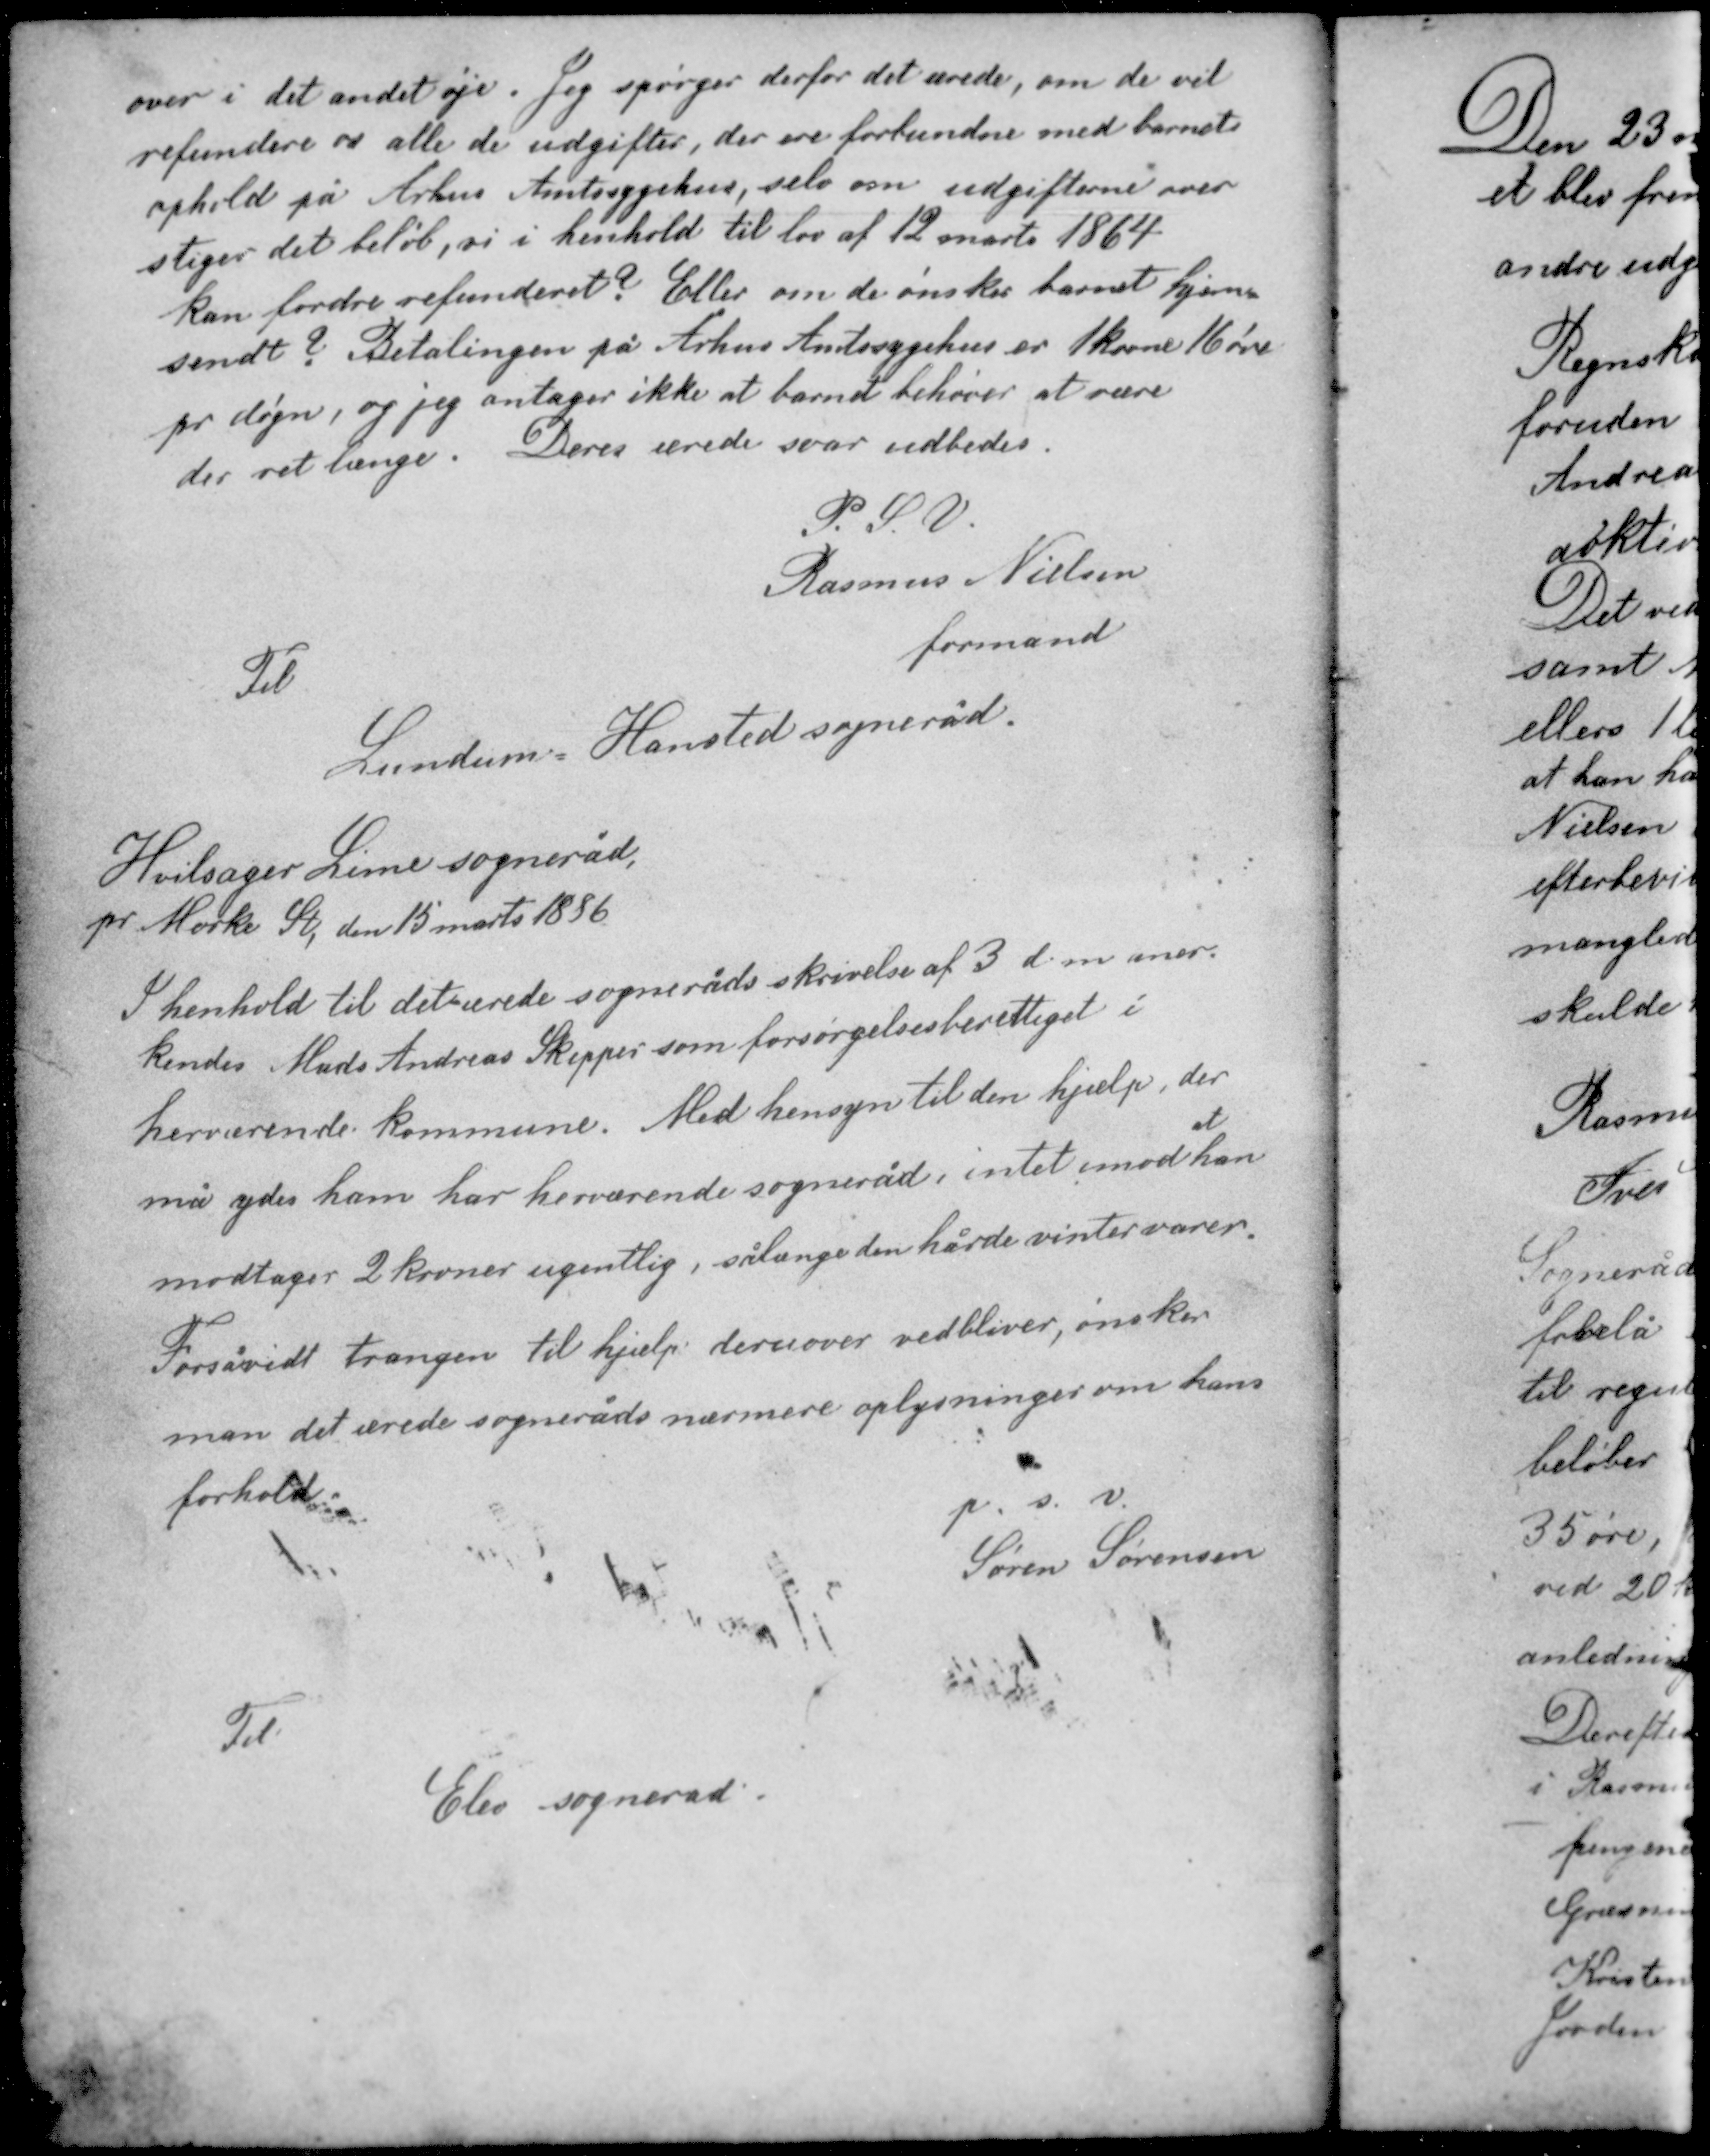
Transskription:
over i det andet øje. Jeg spørger derfor det ærede, om de vil
refundere os alle de udgifter, der ere forbundne med barnets
ophold på Århus Amtssygehus, selv om udgifterne over
stiger det beløb, vi i henhold til lov af 12 marts 1864
kan fordre refunderet? Eller om de ønsker barnet hjem-
sendt? Betalingen på Århus Amtssygehus er 1 krone 16 øre
pr døgn, og jeg antager ikke at barnet behøver at være
der ret længe. Deres ærede svar udbedes.

P. S. V.
Rasmus Nielsen
formand

Til
Lundum - Hansted sogneråd

Hvilsager Lime sogneråd
pr Mørke St, den 15 marts 1886

I henhold til det ærede sogneråds skrivelse af 3 d. m. aner-
kendes Mads Andreas Skipper som forsørgelsesberettiget i
herværende kommune. Med hensyn til den hjælp der
at
må ydes ham har herværende sogneråd intet imod han
modtager 2 kroner ugentlig, sålænge den hårde vinter varer.
Forsåvidt trangen til hjælp deruover vedbliver, ønsker
man det ærede sogneråds nærmere oplysninger om hans
forhold.

p. s. v.
Søren Sørensen

Til
Elev sogneråd